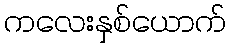
ကလေးနှစ်ယောက်